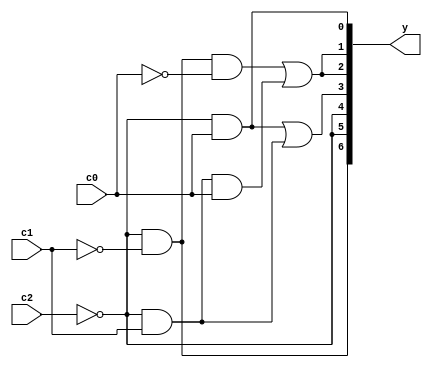
module sevSegDec(input c2,c1,c0,output [6:0] y);
	assign y[0] = ~c2&c0;
	assign y[1] = ~c2&~c1&~c0 | ~c2&c1&c0;
	assign y[2] = ~c2&~c1&~c0 | ~c2&c1&c0;
	assign y[3] = ~c2&c0 | ~c2&c1;
	assign y[4] = ~c2;
	assign y[5] = ~c2;
	assign y[6] = ~c2&~c1;
endmodule

module task4(input [2:0] SW, output [6:0] HEX0);
	wire [6:0] invHEX;
	assign HEX0 = ~invHEX;
	sevSegDec SD0(SW[2], SW[1], SW[0], invHEX);
endmodule